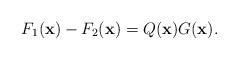
LaTeX: \begin{gather*}F_1(\mathbf x)-F_2(\mathbf x) = Q(\mathbf x) G(\mathbf x).\end{gather*}